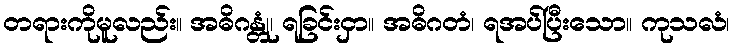
တရားကိုမူလည်း။ အဓိဂန္တုံ၊ ရခြင်းငှာ။ အဓိဂတံ၊ ရအပ်ပြီးသော။ ကုသလံ၊